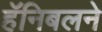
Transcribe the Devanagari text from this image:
हॅनिबलने